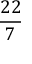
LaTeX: \frac { 2 2 } { 7 }